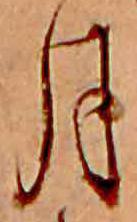
月